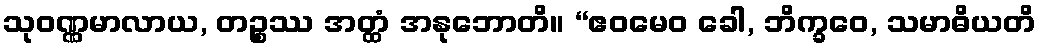
သုဝဏ္ဏမာလာယ, တဉ္စဿ အတ္ထံ အနုဘောတိ။ “ဧဝမေဝ ခေါ, ဘိက္ခဝေ, သမာဓိယတိ